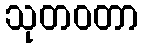
သုတဝတာ